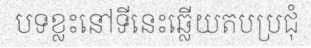
បទខ្លះនៅទីនេះឆ្លើយតបប្រជុំ